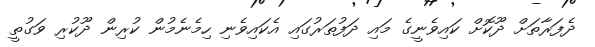
ދެފަރާތަށް ދޫކޮށް ކައިވެނީގެ މައި ދަފުތަރުގައި އެކައިވެނި ހިމެނެމުން ކުރިން ދޫކުރި ވަގުތީ